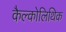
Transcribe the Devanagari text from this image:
कैल्कोलिथिक